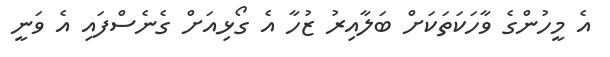
އެ މީހުންގެ ވާހަކަތަކަށް ބަލާއިރު ޒުހާ އެ ގޯޅިއަށް ގެނެސްފައި އެ ވަނީ